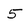
Character: 5